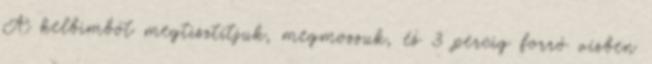
A kelbimbót megtisztítjuk, megmossuk, és 3 percig forró vízben